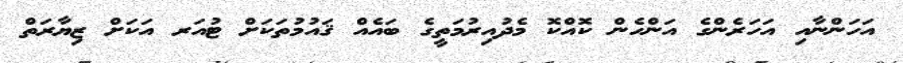
އަހަންނާއި އަހަރެންގެ އަންހެން ކޮއްކޮ މެދުއިރުމަތީގެ ބައެއް ޤައުމުތަކަށް ޓުއަރ އަކަށް ޒިޔާރަތް